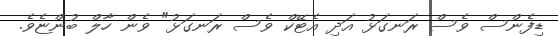
ޑިފެންސް ވެސް ރަނގަޅު އަދި އެޓޭކް ވެސް ރަނގަޅު" ވެން ހާލް ބުންޏެވެ.